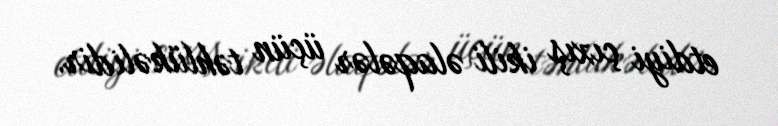
etdiyi çıxış ikili əlaqələr üçün təhlükəlidir.